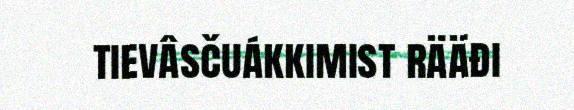
tievâsčuákkimist rääđi